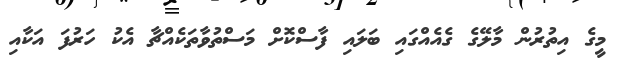
މީގެ އިތުރުން މާލޭގެ ގެއެއްގައި ބަލައި ފާސްކޮށް މަސްތުވާތަކެއްޗާ އެކު ހަރުފަ އަކާއި